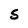
Character: 5